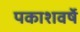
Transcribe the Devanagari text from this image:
पकाशवर्षे